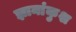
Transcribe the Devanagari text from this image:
ज्ञानांकुश